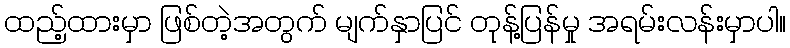
ထည့်ထားမှာ ဖြစ်တဲ့အတွက် မျက်နှာပြင် တုန့်ပြန်မှု အရမ်းလန်းမှာပါ။